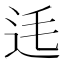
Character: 𨑺